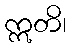
ဣတိ၊